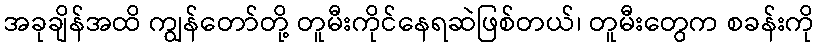
အခုချိန်အထိ ကျွန်တော်တို့ တူမီးကိုင်နေရဆဲဖြစ်တယ်၊ တူမီးတွေက စခန်းကို